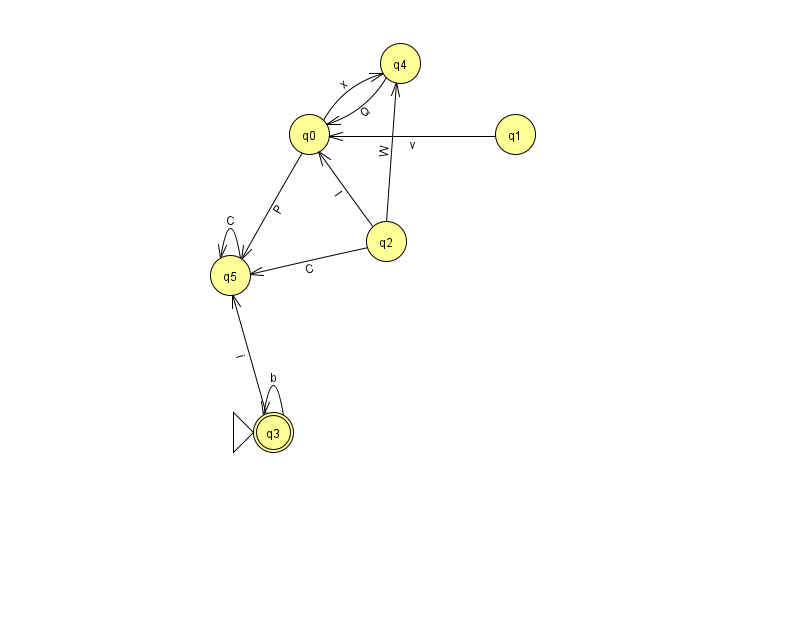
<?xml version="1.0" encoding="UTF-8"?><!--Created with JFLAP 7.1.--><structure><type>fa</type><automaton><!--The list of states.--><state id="0" name="q0"><x>309.0</x><y>121.0</y></state><state id="1" name="q1"><x>515.0</x><y>121.0</y></state><state id="2" name="q2"><x>386.0</x><y>228.0</y></state><state id="3" name="q3"><x>273.0</x><y>419.0</y><initial/><final/></state><state id="4" name="q4"><x>400.0</x><y>50.0</y></state><state id="5" name="q5"><x>230.0</x><y>262.0</y></state><!--The list of transitions.--><transition><from>0</from><to>5</to><read>P</read></transition><transition><from>3</from><to>3</to><read>b</read></transition><transition><from>4</from><to>0</to><read>Q</read></transition><transition><from>5</from><to>5</to><read>C</read></transition><transition><from>2</from><to>0</to><read>l</read></transition><transition><from>3</from><to>5</to><read>i</read></transition><transition><from>0</from><to>4</to><read>x</read></transition><transition><from>2</from><to>5</to><read>C</read></transition><transition><from>2</from><to>4</to><read>W</read></transition><transition><from>1</from><to>0</to><read>v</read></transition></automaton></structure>